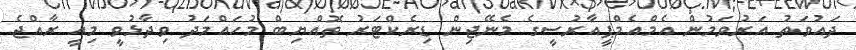
ދައުވަތު އަރުވަމުން އެމްއެމްޕީއާރުސީގެ މެނޭޖިން ޑިރެކްޓަރު ތޮއްޔިބް މުހައްމަދު ވިދާޅުވީ މިއީ ރާއްޖެ